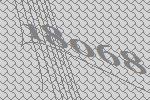
18068